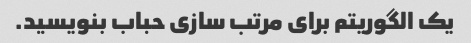
یک الگوریتم برای مرتب سازی حباب بنویسید.